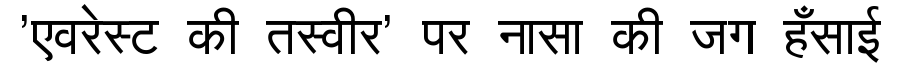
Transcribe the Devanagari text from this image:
'एवरेस्ट की तस्वीर' पर नासा की जग हँसाई